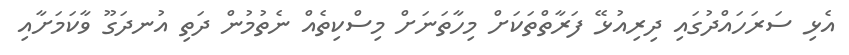
އެޅި ސަރަހައްދުގައި ދިރިއުޅޭ ފަރާތްތަކަށް މިހާތަނަށް މިސްކިތެއް ނެތުމުން ދަތި އުނދަގޫ ވާކަމަށާއި